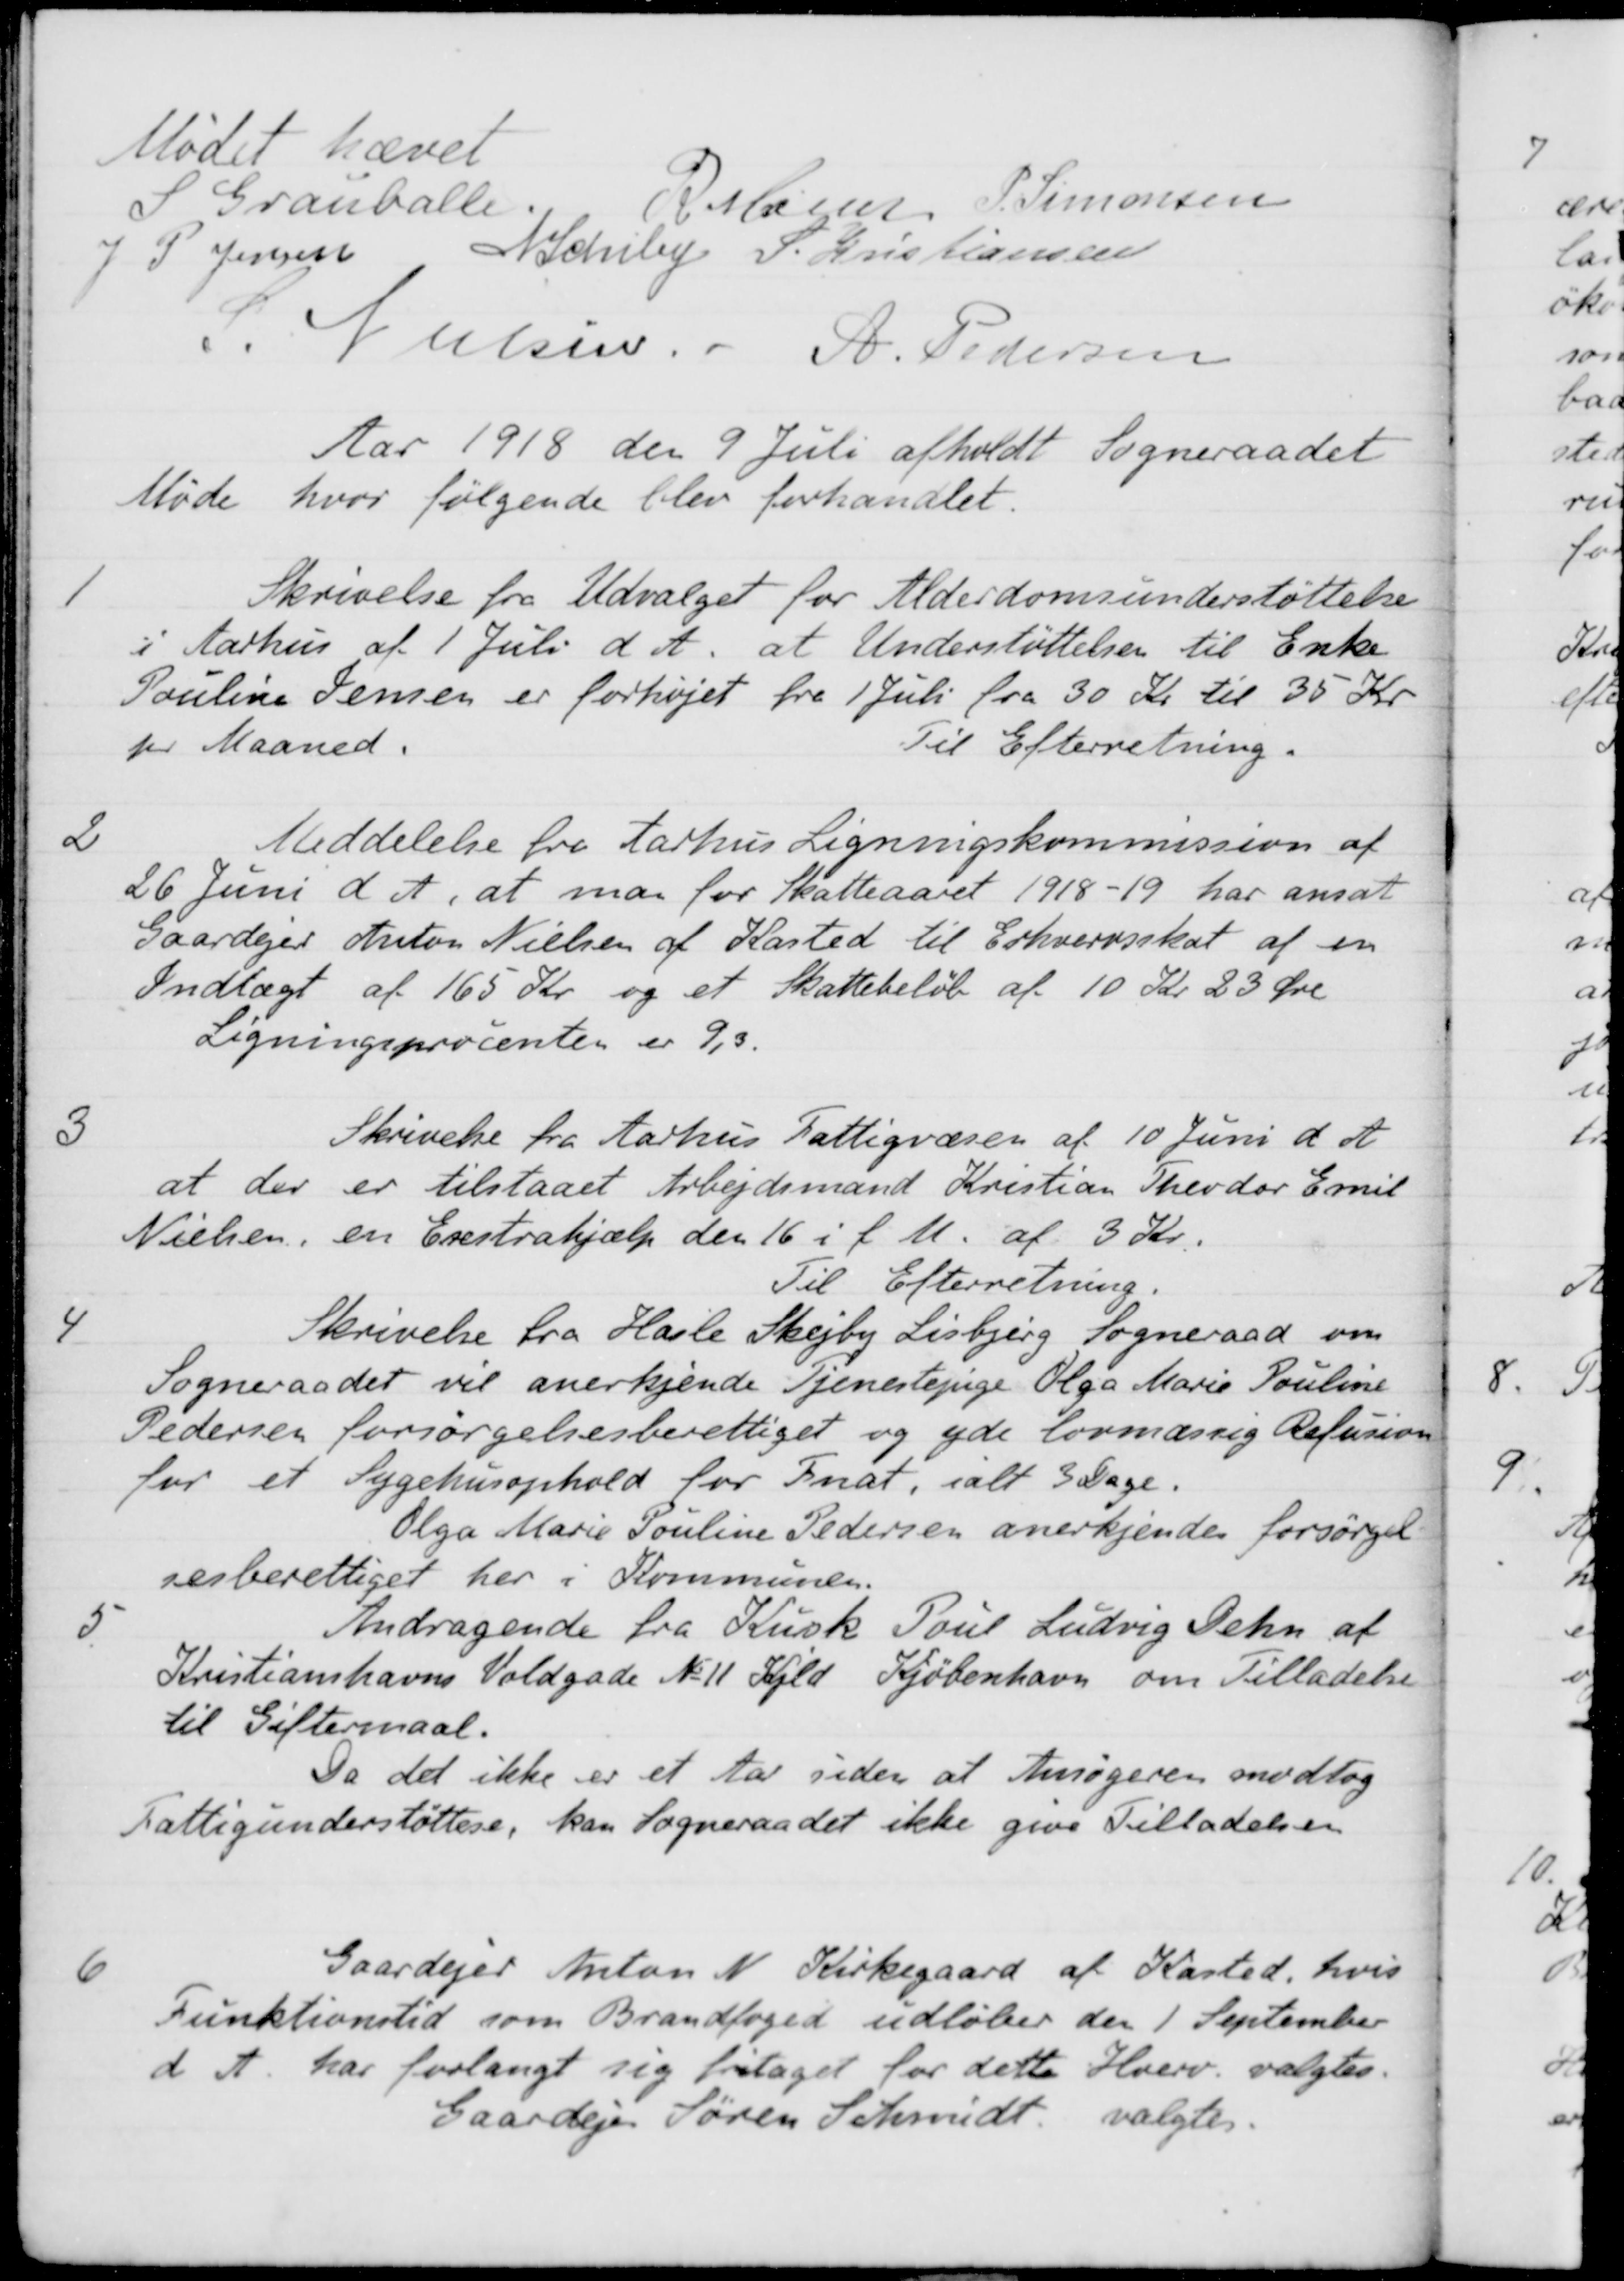
Transskription:
Mødet hævet
S Grauballe
R Mainz
P. Simonsen
J P. Jensen
A Schiby
S Kristiansen
S Nielsen.
A. Pedersen
Aar 1918 den 9 Juli afholdt Sogneraadet
Møde hvor følgende blev forhandlet.
1
Skrivelse fra Udvalget for Alderdomsunderstøttelse
i Aarhus af 1 Juli d. A. at Understøttelsen til Enke
Pouline Jensen er forhøjet fra 1 Juli fra 30 Kr til 35 Kr
pr Maaned
Til Efterretning.
2
Meddelelse fra Aarhus Ligningskommission af
26 Juni d A, at man for Skatteaaret 1918-19 har ansat
Gaardejer Anton Nielsen af Kasted til Erhvervsskat af en
Indtægt af 165 Kr. og et Skattebeløb af 10 Kr. 23 Øre
Ligningsprocenten er 9,3.
3
Skrivelse fra Aarhus Fattigvæsen af 10 Juni d A
at der er tilstaaet Arbejdsmand Kristian Theodor Emil
Nielsen, en Erstrahjælp den 16 i f. M. af 3 Kr.
Til Efterretning.
4
Skrivelse fra Hasle Skejby Lisbjerg Sogneraad om
Sogneraadet vil anerkjende Tjenestepige Olga Marie Pouline
Pedersen forsørgelsesberettiget og yde lovmæssig Refusion
for et Sygehusophold for Fnat, ialt 3 Dage
Olga Marie Pouline Pedersen anerkjendes forsørgel
sesberettiget her i Kommunen.
5
Andragende fra Kusk Poul Ludvig Dehn af
Kristianshavns Voldgade No 11 Kjld Kjøbenhavn om Tilladelse
til Giftermaal.
Da det ikke er et Aar siden at Ansøgeren modtog
Fattigunderstøttese, kan Sogneraadet ikke give Tilladelsen
6
Gaardejer Anton N. Kirkegaard af Kasted, hvis
Funktionstid som Brandfoged udløber den 1 September
d. A. har forlangt sig fritaget for dette Hverv valgtes.
Gaardejer Søren Schmidt valgtes.